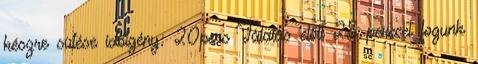
készre sütése időigény: 20perc Tálalás előtt 25 perccel fogunk